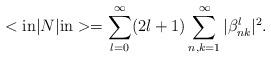
LaTeX: \begin{align*}<{\mathrm{in}}|N|{\mathrm{in}}>=\sum_{l=0}^{\infty }(2l+1)\sum_{n,k=1}^{\infty}|\beta _{nk}^{l}|^{2}. \end{align*}